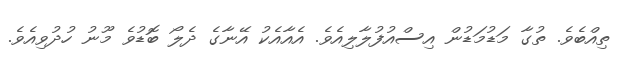
ތިއްބެވެ. ތުގާ މަޑުމަޑުން އިސްއުފުލާލިއެވެ. އެއާއެކު އޭނާގެ ދެލޯ ބޮޑުވެ މޫނު ހުދުވިއެވެ.